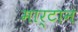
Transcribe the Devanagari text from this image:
मार्टान